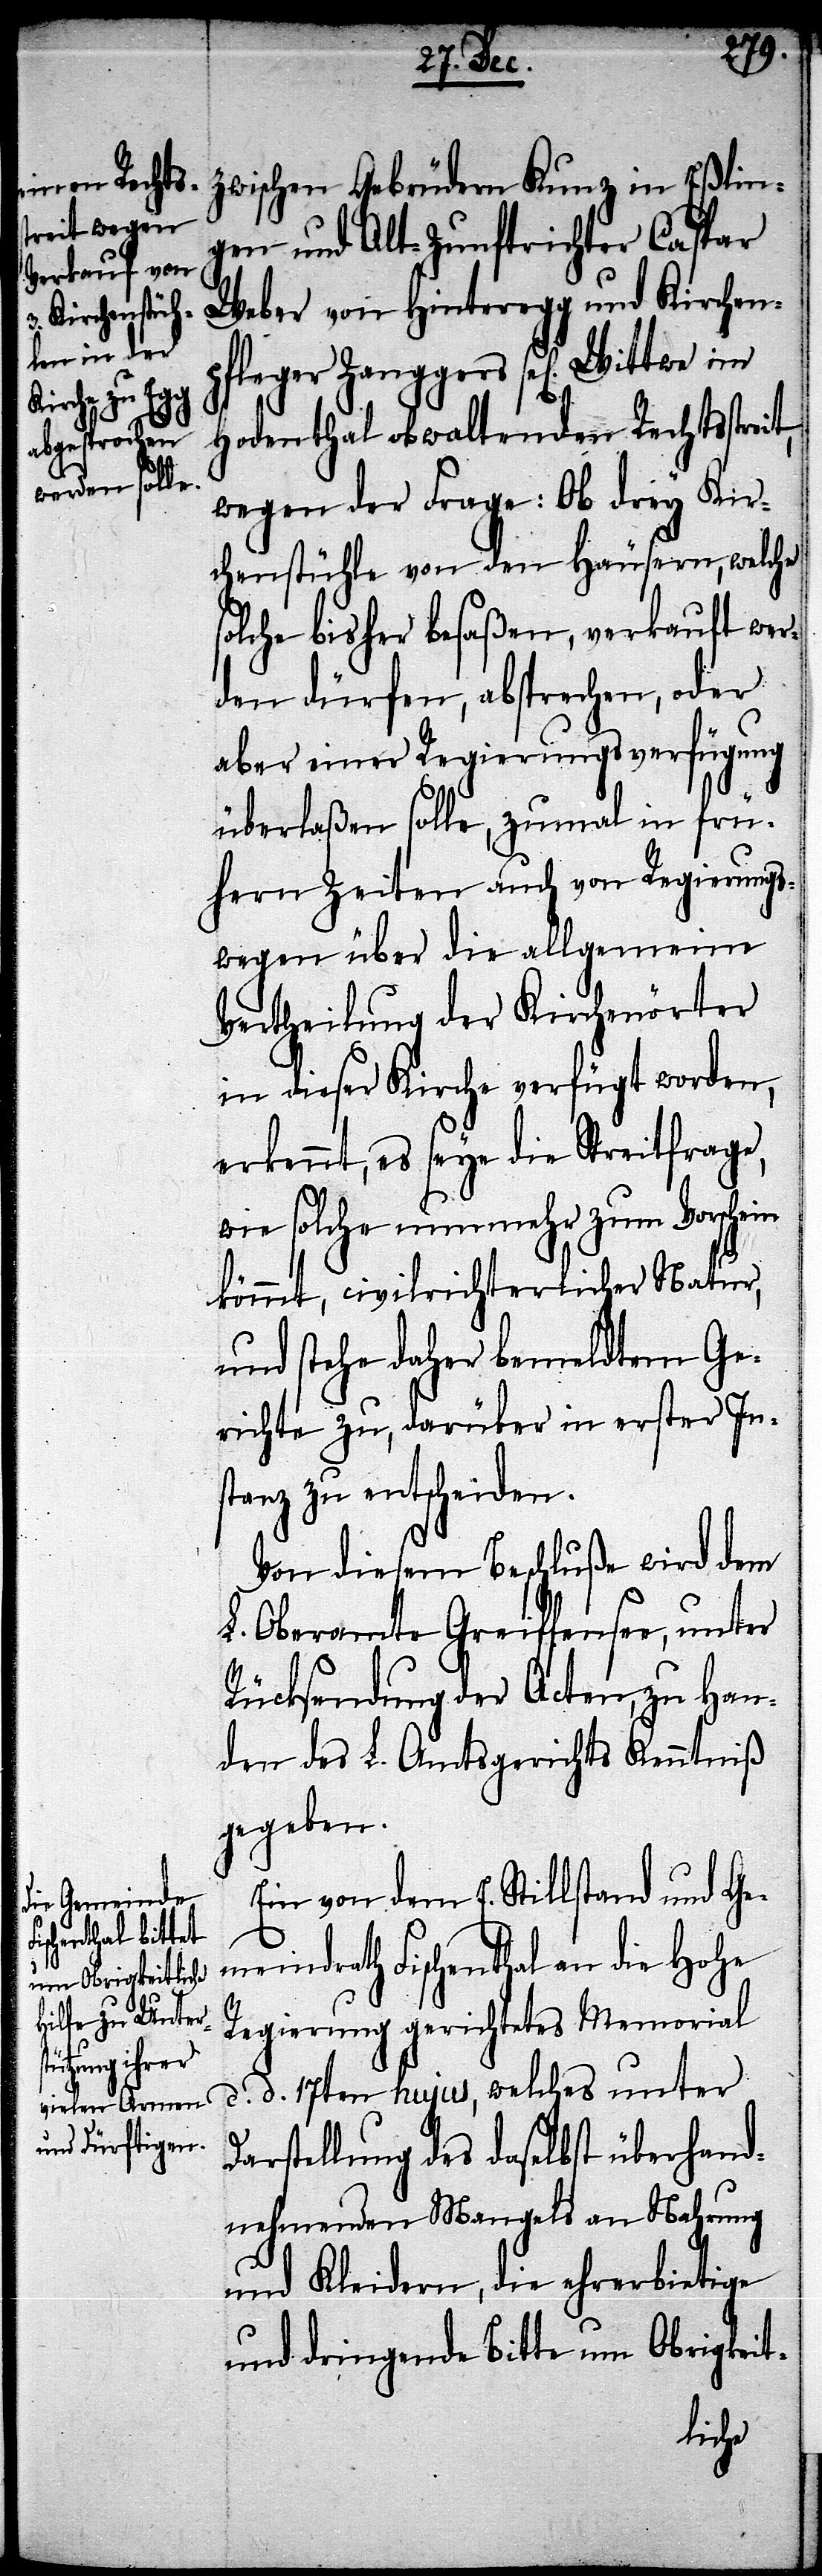
D¬
zwischen Gebrüdern Kunz in Eßlin¬
gen und Alt-Zunftrichter Caspar
Weber von Hinteregg und Kirchen¬
pfleger Zanggers sel[ige]
Hodenthal obwaltenden Rechtsstreit,
wegen der Frage: Ob drey Kir¬
chenstühle von den Häusern, welche
solche bisher besaßen, verkauft wer¬
den dürfen, absprechen, oder
aber einer Regierungsverfügung
überlaßen solle, zumal in frü¬
hern Zeiten auch von Regierungs¬
wegen über die allgemeine
Vertheilung der Kirchenörter
in dieser Kirche verfügt worden,
erkennt, es seye die Streitfrage,
wie solche nunmehr zum Vorschein
kommt, civilrichterlicher Natur,
und stehe daher bemeldtem Ge¬
richte zu, darüber in erster Ins¬
tanz zu entscheiden.
Von diesem Beschluße wird dem
L. Oberamte Greiffensee, unter
Rücksendung der Acten, zu Han¬
den des L. Amtsgerichts Kenntniß
gegeben.
Ein von dem E. Stillsand und Ge¬
meindrath Fischenthal an die Hohe
Regierung gerichtetes Memorial
d. d. 17ten hujus, welches unter
arstellung des daselbst überhand¬
nehmenden Mangels an Nahrung
und Kleidern, die ehrerbietige
und dringende Bitte um Obrigkeit-